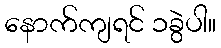
နောက်ကျရင် ၁ခွဲပါ။